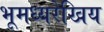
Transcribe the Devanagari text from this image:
भूमध्यरेखिय